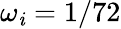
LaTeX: \omega_{\mathit{i}}=1/72